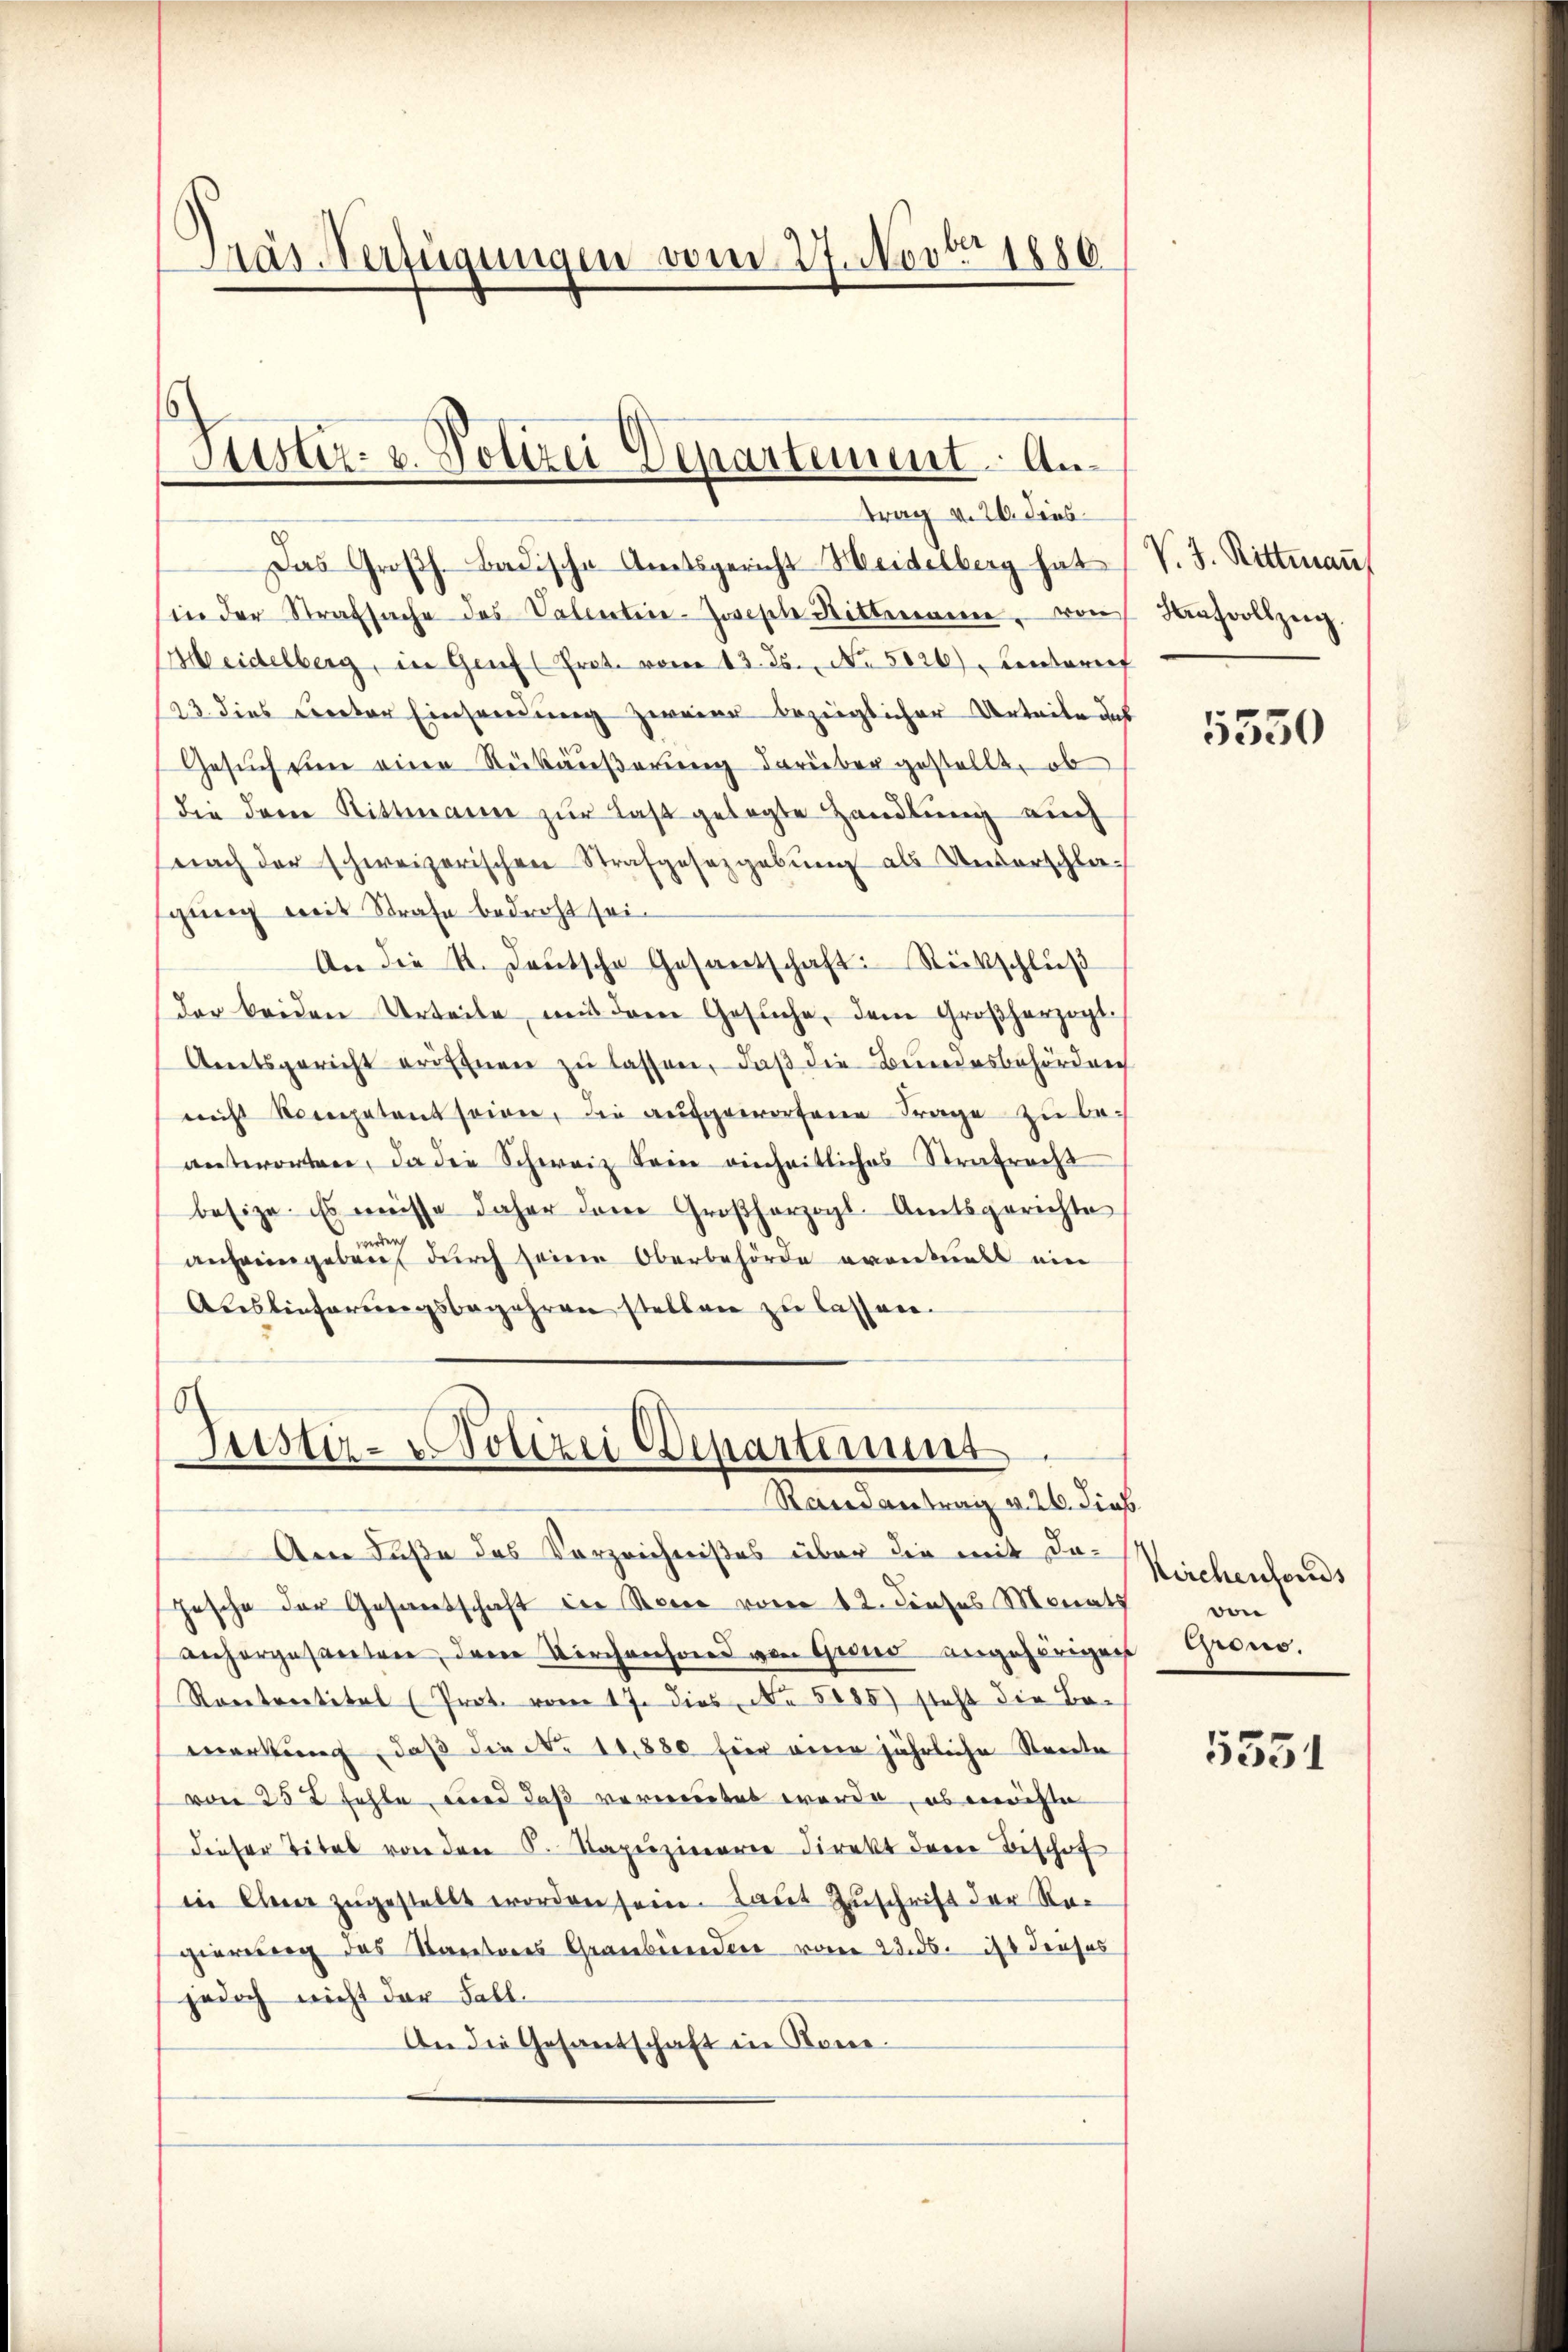
Träs Verfügungen vom 27. Novbr 1880

Justiz- u. Polizei Departement. Antrag v. 26. dies

Das Großh. Badische Amtsgericht Heidelberg hat
in der Strafsache des Valentiie-Joseph Rittmann, von Strafvolszei
Heidelberg, in Genf (Prot. vom 13. ds. No 5120. Centret
23 dies Cereter Einsendung zweier bezüglicher Urteite das
Gesŭch in eine Rükäußerung darüber gestellt, ob
die dem Rittmann zur Last gelegte Handlung auch
nach der schweizerischen Strafgesetzgebung als Unterschlasgung mit Strafe bedroht sei.
An die 4. Deutsche Gesantschaft. Rückschlŭβ
der beiden Urteile mit dem Gesuche, dem Großherzogl.
Amtsgericht eröffnen zu lassen, daß die Bundesbehörden
nicht kompetent seien, die aufgeworfene Frage zu beantworten, da die Schweiz Sein einheitliches Strafrecht
besize. Es müsse daher dene Großherzogl. Amtsgerichte
werden,
anheimgeben durch seine Oberbehörde eventualt ein
Auslieferungsbegehren stellen zu lassen.

6
Justiz-Polizei Departimung
Raidantrag v. 26. dies

An Fuße das Vorzeichnißes über die mit da-
Gesche der Gesandtschaft der erer von 12. Dieses Monat
Anforgesteten, der Kirchenfond von Gendangehörigers Grono¬
Roetrretitel (Prot. vom 17. dies No 5085) steht die Bemerkung, daß die No 11880 für eine jährliche Streite
von 25 t Fehle, wird daß verweitet werde, es möchte
dieser Titel von den K. Sapuzinerie Direkt dem Bischof
in Euer zŭgestellt worden sein. Laut Zuschrift der Regierung des Karatores Gewerberendere von 23. ds. ist dieses
jedoch nicht der Fall.
An die Gesantschaft in Kone-

V. J. Rittman

5530

Kirchenfonds
von

5351